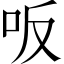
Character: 𠯘